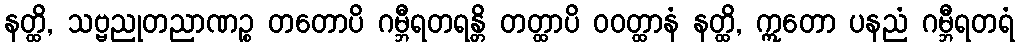
နတ္ထိ, သဗ္ဗညုတညာဏဉ္စ တတောပိ ဂမ္ဘီရတရန္တိ တတ္ထာပိ ဝဝတ္ထာနံ နတ္ထိ, ဣတော ပနညံ ဂမ္ဘီရတရံ